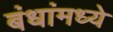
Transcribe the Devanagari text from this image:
बंधांमध्ये